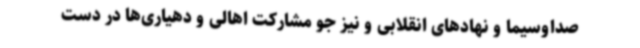
صداوسیما و نهادهای انقلابی و نیز جو مشارکت اهالی و دهیاری‌ها در دست